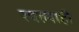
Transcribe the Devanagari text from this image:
रचल्याही